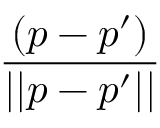
\frac { ( p - p ^ { \prime } ) } { | | p - p ^ { \prime } | | }